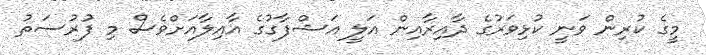
މީގެ ކުރިން ވަނީ ކުޅިވަރުގެ ދާއިރާއިން އަލީ އަޝްފާގުގެ އާއިލާއަށްވެސް މި ފުރުސަތު